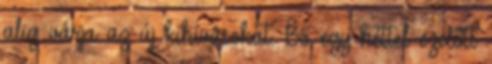
alig várja az új kihívásokat. Bő egy héttel ezelőtt